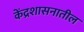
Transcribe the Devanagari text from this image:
केंद्रशासनातील